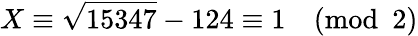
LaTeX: X\equiv{\sqrt{15347}}-124\equiv 1{\pmod{2}}